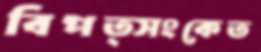
বিপত্সংকেত